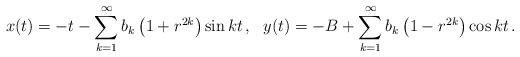
LaTeX: \begin{align*}x (t) = - t - \sum_{k=1}^\infty b_k \left( 1 + r^{2 k} \right) \sin kt \, , \ \ y(t) = - B + \sum_{k=1}^\infty b_k \left( 1 - r^{2 k} \right) \cos kt \, .\end{align*}